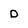
Character: D